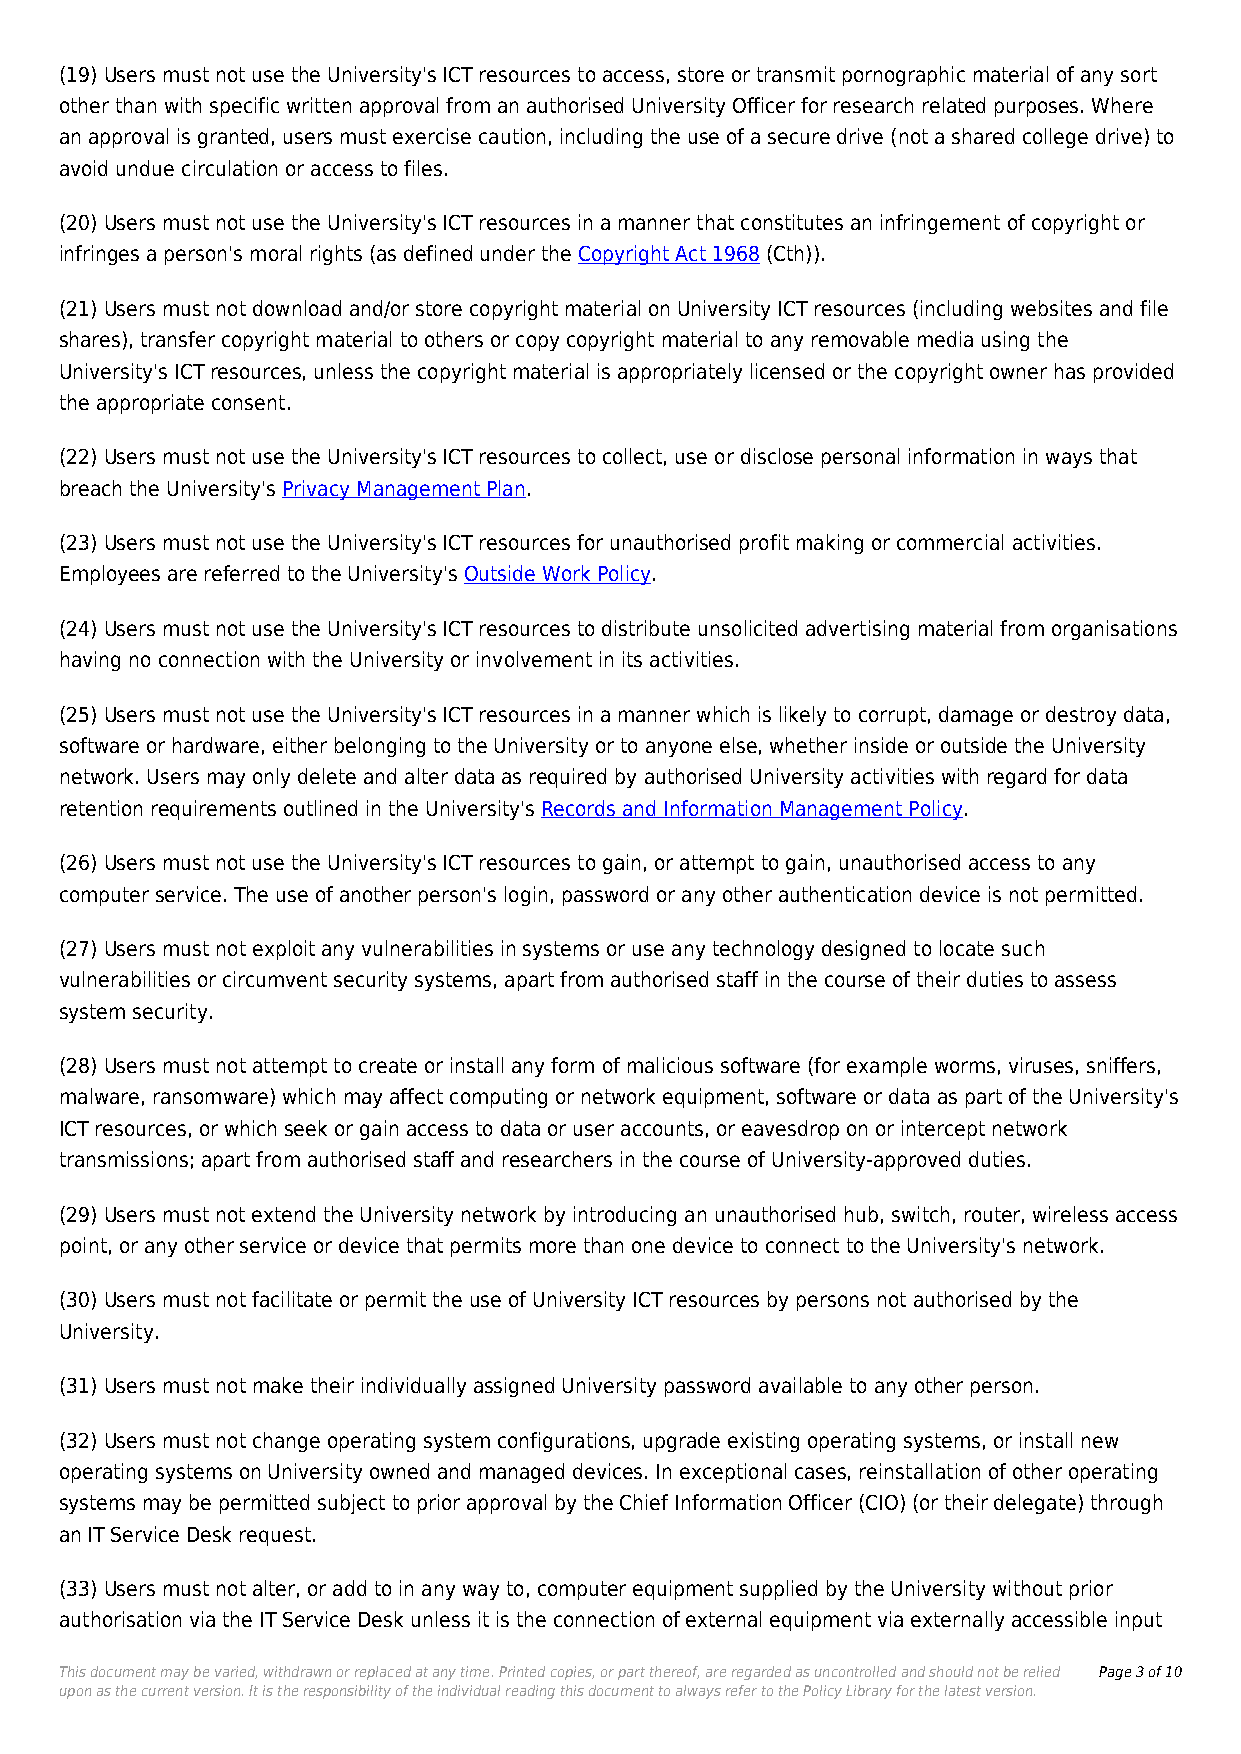
(19) Users must not use the University's ICT resources to access, store or transmit pornographic material of any sort
 other than with specific written approval from an authorised University Officer for research related purposes. Where
 an approval is granted, users must exercise caution, including the use of a secure drive (not a shared college drive) to
 avoid undue circulation or access to files.
 (20) Users must not use the University's ICT resources in a manner that constitutes an infringement of copyright or
 infringes a person's moral rights (as defined under the Copyright Act 1968 (Cth)).
 (21) Users must not download and/or store copyright material on University ICT resources (including websites and file
 shares), transfer copyright material to others or copy copyright material to any removable media using the
 University's ICT resources, unless the copyright material is appropriately licensed or the copyright owner has provided
 the appropriate consent.
 (22) Users must not use the University's ICT resources to collect, use or disclose personal information in ways that
 breach the University's Privacy Management Plan.
 (23) Users must not use the University's ICT resources for unauthorised profit making or commercial activities.
 Employees are referred to the University's Outside Work Policy.
 (24) Users must not use the University's ICT resources to distribute unsolicited advertising material from organisations
 having no connection with the University or involvement in its activities.
 (25) Users must not use the University's ICT resources in a manner which is likely to corrupt, damage or destroy data,
 software or hardware, either belonging to the University or to anyone else, whether inside or outside the University
 network. Users may only delete and alter data as required by authorised University activities with regard for data
 retention requirements outlined in the University's Records and Information Management Policy.
 (26) Users must not use the University's ICT resources to gain, or attempt to gain, unauthorised access to any
 computer service. The use of another person's login, password or any other authentication device is not permitted.
 (27) Users must not exploit any vulnerabilities in systems or use any technology designed to locate such
 vulnerabilities or circumvent security systems, apart from authorised staff in the course of their duties to assess
 system security.
 (28) Users must not attempt to create or install any form of malicious software (for example worms, viruses, sniffers,
 malware, ransomware) which may affect computing or network equipment, software or data as part of the University's
 ICT resources, or which seek or gain access to data or user accounts, or eavesdrop on or intercept network
 transmissions; apart from authorised staff and researchers in the course of University-approved duties.
 (29) Users must not extend the University network by introducing an unauthorised hub, switch, router, wireless access
 point, or any other service or device that permits more than one device to connect to the University's network.
 (30) Users must not facilitate or permit the use of University ICT resources by persons not authorised by the
 University.
 (31) Users must not make their individually assigned University password available to any other person.
 (32) Users must not change operating system configurations, upgrade existing operating systems, or install new
 operating systems on University owned and managed devices. In exceptional cases, reinstallation of other operating
 systems may be permitted subject to prior approval by the Chief Information Officer (CIO) (or their delegate) through
 an IT Service Desk request.
 (33) Users must not alter, or add to in any way to, computer equipment supplied by the University without prior
 authorisation via the IT Service Desk unless it is the connection of external equipment via externally accessible input
 This document may be varied, withdrawn or replaced at any time. Printed copies, or part thereof, are regarded as uncontrolled and should not be relied Page 3 of 10
 upon as the current version. It is the responsibility of the individual reading this document to always refer to the Policy Library for the latest version.